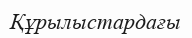
Құрылыстардағы